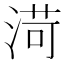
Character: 渮